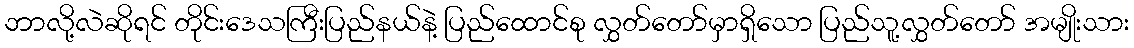
ဘာလို့လဲဆိုရင် တိုင်းဒေသကြီးပြည်နယ်နဲ့ ပြည်ထောင်စု လွှတ်တော်မှာရှိသော ပြည်သူ့လွှတ်တော် အမျိုးသား